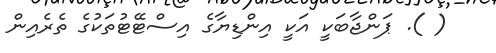
( ). ޕަންޖާބަކީ އަކީ އިންޑިޔާގެ އިސްޓޭޓުތަކުގެ ތެރެއިން